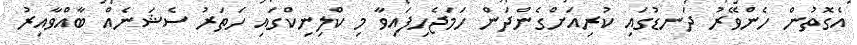
އެގޮތުން ހެންވޭރު ދަނޑުގައި ކުރިއަށްގެންދަން ހަމަޖެހިފައިވާ މި ކްލިނިކްގައި ހަތަރު ސެޝަނެއް ބާއްވާއިރު